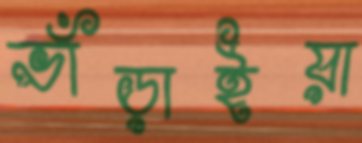
ভাঁড়াইয়া